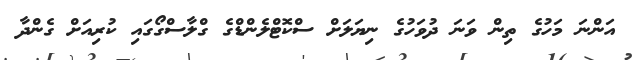
އަންނަ މަހުގެ ތިން ވަނަ ދުވަހުގެ ނިޔަލަށް ސްކޮޓްލެންޑްގެ ގްލާސްގޯގައި ކުރިއަށް ގެންދާ